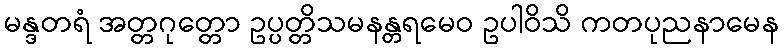
မန္ဒတရံ အတ္တဂုတ္တော ဥပ္ပတ္တိသမနန္တရမေဝ ဥပါဝိသိ ကတပုညနာမေန